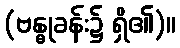
(ဗန္ဓုခန်း၌ ရှိ၏)။